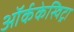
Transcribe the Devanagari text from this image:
ऑर्ककेस्विट्रा